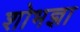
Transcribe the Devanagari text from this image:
शोभज्ञा